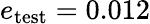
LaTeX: e_{\mathrm{test}}=0.012